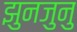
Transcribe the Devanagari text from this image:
झुनजुनु